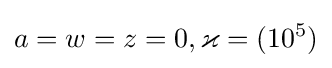
a=w=z=0,\varkappa =(10^{5})